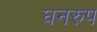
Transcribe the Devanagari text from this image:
घनरुप